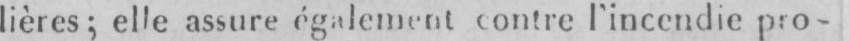
lières; elle assure également contre l’incendie pro-